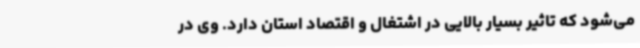
می‌شود که تاثیر بسیار بالایی در اشتغال و اقتصاد استان دارد. وی در